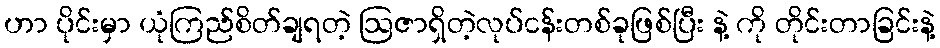
ဟာ ပိုင်းမှာ ယုံကြည်စိတ်ချရတဲ့ ဩဇာရှိတဲ့လုပ်ငန်းတစ်ခုဖြစ်ပြီး နဲ့ ကို တိုင်းတာခြင်းနဲ့